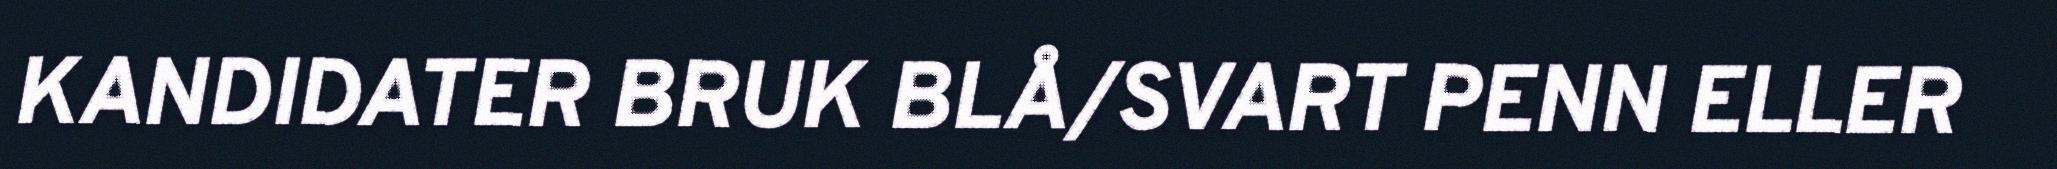
KANDIDATER BRUK BLÅ/SVART PENN ELLER